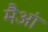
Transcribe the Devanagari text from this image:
मैआं